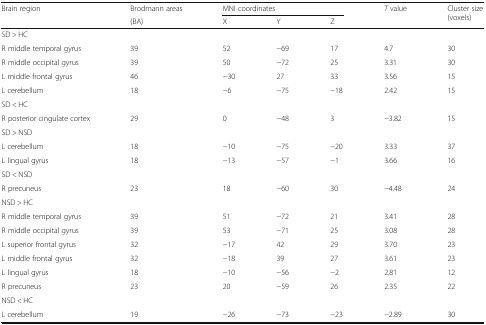
| <ROWSPAN=2> Brain region | Brodmann areas | <COLSPAN=3> MNI coordinates | <ROWSPAN=2> T value | <ROWSPAN=2> Cluster size(voxels) |
 | (BA) | X | Y | Z |
 | --- | --- | --- | --- | --- | --- | --- |
 | <COLSPAN=7> SD > HC |
 | R middle temporal gyrus | 39 | 52 | −69 | 17 | 4.7 | 30 |
 | R middle occipital gyrus | 39 | 50 | −72 | 25 | 3.31 | 30 |
 | L middle frontal gyrus | 46 | −30 | 27 | 33 | 3.56 | 15 |
 | L cerebellum | 18 | −6 | −75 | −18 | 2.42 | 15 |
 | <COLSPAN=7> SD < HC |
 | R posterior cingulate cortex | 29 | 0 | −48 | 3 | −3.82 | 15 |
 | <COLSPAN=7> SD > NSD |
 | L cerebellum | 18 | −10 | −75 | −20 | 3.33 | 37 |
 | L lingual gyrus | 18 | −13 | −57 | −1 | 3.66 | 16 |
 | <COLSPAN=7> SD < NSD |
 | R precuneus | 23 | 18 | −60 | 30 | −4.48 | 24 |
 | <COLSPAN=7> NSD > HC |
 | R middle temporal gyrus | 39 | 51 | −72 | 21 | 3.41 | 28 |
 | R middle occipital gyrus | 39 | 53 | −71 | 25 | 3.08 | 28 |
 | L superior frontal gyrus | 32 | −17 | 42 | 29 | 3.70 | 23 |
 | L middle frontal gyrus | 32 | −18 | 39 | 27 | 3.61 | 23 |
 | L lingual gyrus | 18 | −10 | −56 | −2 | 2.81 | 12 |
 | R precuneus | 23 | 20 | −59 | 26 | 2.35 | 22 |
 | <COLSPAN=7> NSD < HC |
 | L cerebellum | 19 | −26 | −73 | −23 | −2.89 | 30 |